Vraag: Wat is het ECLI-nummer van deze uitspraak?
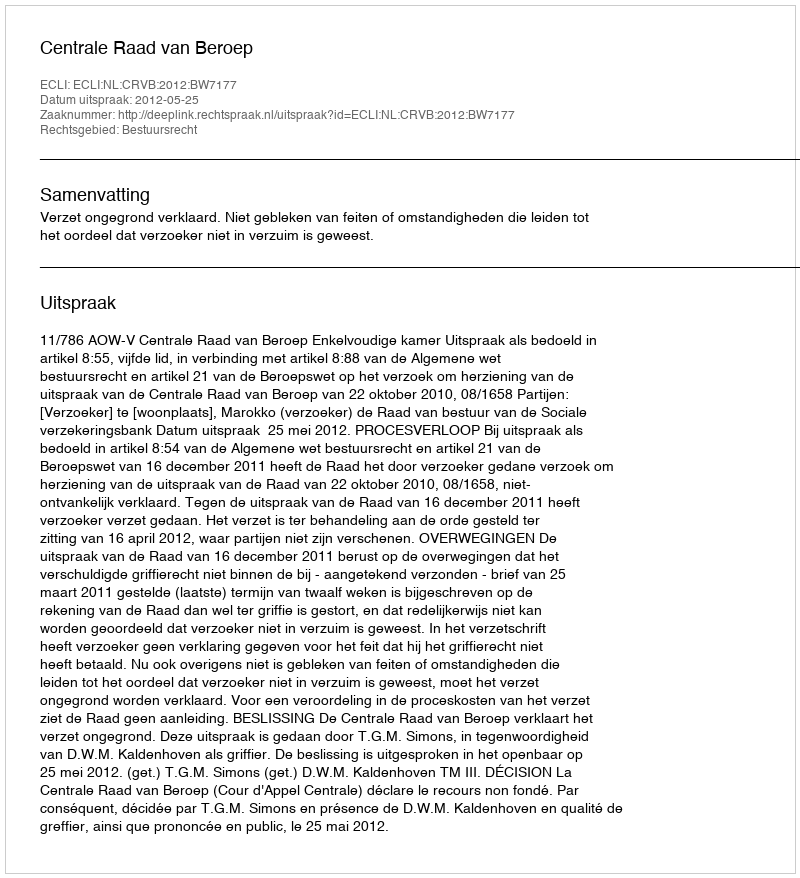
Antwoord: ECLI:NL:CRVB:2012:BW7177